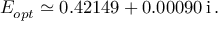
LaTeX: E _ { o p t } \simeq 0 . 4 2 1 4 9 + 0 . 0 0 0 9 0 \, \mathrm { i } \, .